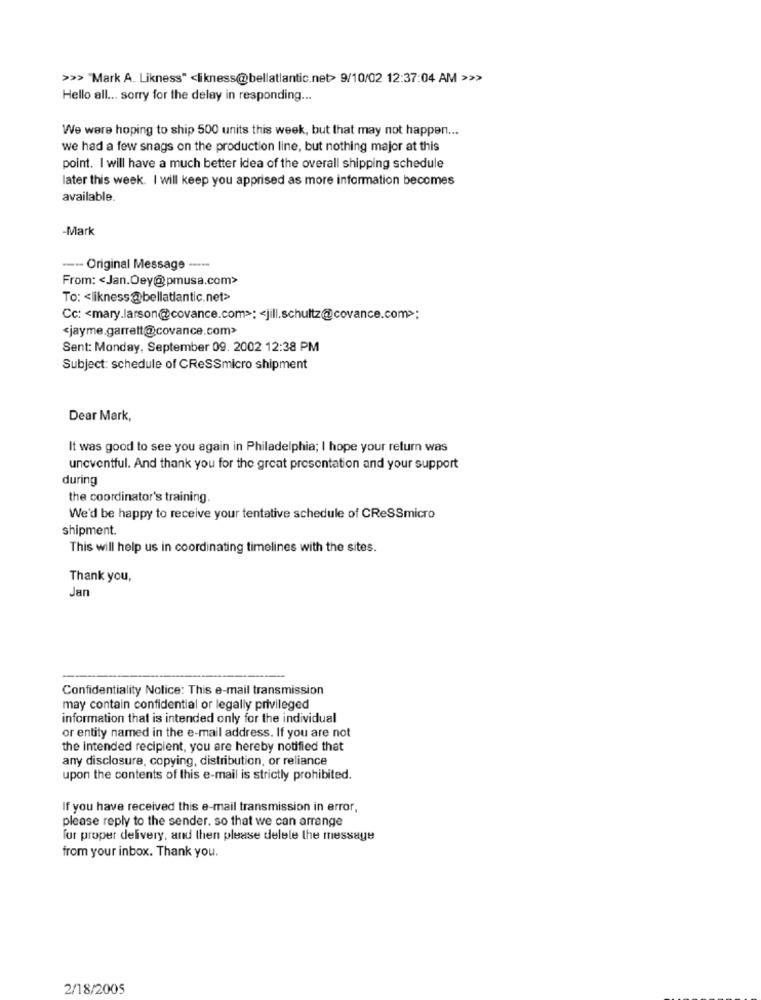
>>> "Mark A. Likness" <likness@bellatlantic.net> 9/10/02 12:37:04 AM >>>
Hello all ... sorry for the delay in responding ...
We were hoping to ship 500 units this week, but that may not happen ...
we had a few snags on the production line, but nothing major at this
point. I will have a much better idea of the overall shipping schedule
later this week. I will keep you apprised as more information becomes
available.
-Mark
--- Original Message --··-
From: < Jan.Oey@pmusa.com>
To: < likness@bellatlantic.net>
Cc: < mary.larson@covance.com>: < jill.schultz@covance.com>:
<jayme.garrett@covance.com>
Sent: Monday, September 09. 2002 12:38 PM
Subject: schedule of CReSSmicro shipment
Dear Mark,
It was good to see you again in Philadelphia; I hope your return was
uneventful. And thank you for the great presentation and your support
during
the coordinator's training.
We'd be happy to receive your tentative schedule of CReSSmicro
shipment.
This will help us in coordinating timelines with the sites.
Thank you,
Jan
Confidentiality Notice: This e-mail transmission
may contain confidential or legally privileged
information that is intended only for the individual
or entity named in the e-mail address. If you are not
the intended recipient, you are hereby notified that
any disclosure, copying, distribution, or reliance
upon the contents of this e-mail is strictly prohibited.
If you have received this e-mail transmission in error,
please reply to the sender. so that we can arrange
for proper delivery, and then please delete the message
from your inbox. Thank you.
2/18/2005